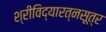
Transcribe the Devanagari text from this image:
श्रीविद्यारत्नसूत्र